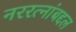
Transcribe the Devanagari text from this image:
नररत्नांबद्दल